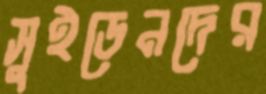
সুইডেনদের